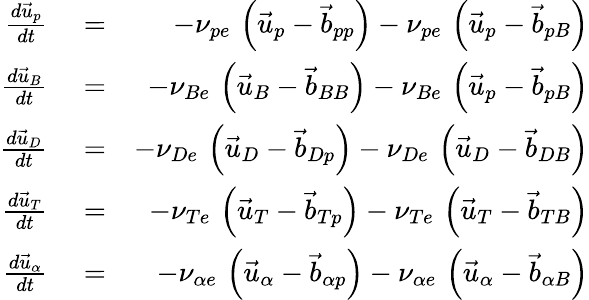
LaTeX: \begin{array}{rlr}{\frac{d\vec{u}_{p}}{dt}}&{{}=}&{-\nu_{pe}\, \left(\vec{u}_{p}-\vec{b}_{pp}\right)-\nu_{pe}\, \left(\vec{u}_{p}-\vec{b}_{pB}\right)}\\ {\frac{d\vec{u}_{B}}{dt}}&{{}=}&{-\nu_{Be}\, \left(\vec{u}_{B}-\vec{b}_{BB}\right)-\nu_{Be}\, \left(\vec{u}_{p}-\vec{b}_{pB}\right)}\\ {\frac{d\vec{u}_{D}}{dt}}&{{}=}&{-\nu_{De}\, \left(\vec{u}_{D}-\vec{b}_{Dp}\right)-\nu_{De}\, \left(\vec{u}_{D}-\vec{b}_{DB}\right)}\\ {\frac{d\vec{u}_{T}}{dt}}&{{}=}&{-\nu_{Te}\, \left(\vec{u}_{T}-\vec{b}_{Tp}\right)-\nu_{Te}\, \left(\vec{u}_{T}-\vec{b}_{TB}\right)}\\ {\frac{d\vec{u}_{\alpha}}{dt}}&{{}=}&{-\nu_{\alpha e}\, \left(\vec{u}_{\alpha}-\vec{b}_{\alpha p}\right)-\nu_{\alpha e}\, \left(\vec{u}_{\alpha}-\vec{b}_{\alpha B}\right)}\end{array}